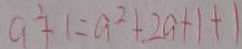
a ^ { 2 } + 1 = a ^ { 2 } + 2 a + 1 + 1